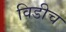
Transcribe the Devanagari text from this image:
विडीच